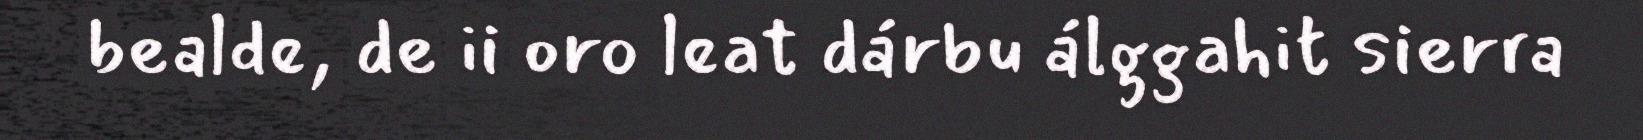
bealde, de ii oro leat dárbu álggahit sierra